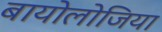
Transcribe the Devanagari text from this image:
बायोलोजिया